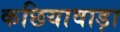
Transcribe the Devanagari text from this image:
कछियावाड़ा